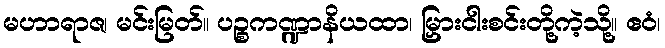
မဟာရာဇ၊ မင်းမြတ်။ ပဉ္စကဏ္ဍာနိယထာ၊ မြှားငါးစင်းတို့ကဲ့သို့။ ဧဝံ၊